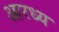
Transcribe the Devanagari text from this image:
आरध्य